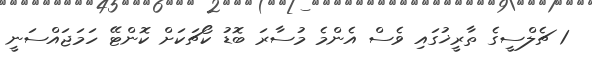
1 ޗެލްސީގެ ތާރީޚުގައި ވެސް އެންމެ މުސާރަ ބޮޑު ކޯޗަކަށް ކޮންޓޭ ހަމަޖައްސަނީ